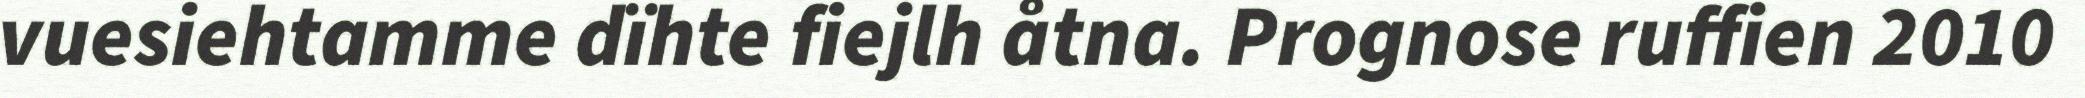
vuesiehtamme dïhte fiejlh åtna. Prognose ruffien 2010